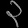
Digit: ၃